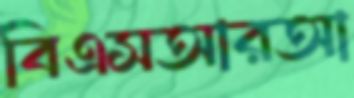
বিএসআরআ